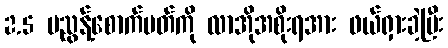
2.5 မညွန့်စောက်ပတ်ကို လာအိုအစိုးရအား ဖယ်ရှားခဲ့ပြီး